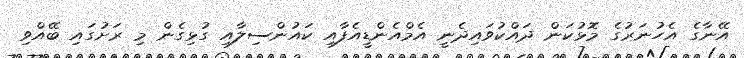
އޭނާގެ އެހުނަރުގެ މޮޅުކަން ދައްކުވައިދެނީ އެމްއެންޑީއެފާއި ކައުންސިލާއި ގުޅިގެން މި ރަށުގައި ބޭއްވި